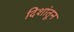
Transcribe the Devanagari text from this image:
दिशांतून